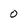
Character: 0